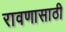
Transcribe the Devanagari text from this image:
रावणासाठी